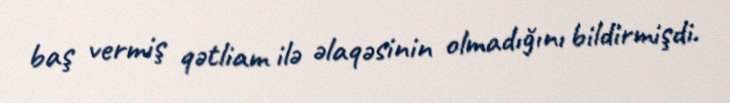
baş vermiş qətliam ilə əlaqəsinin olmadığını bildirmişdi.